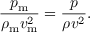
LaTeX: { \frac { p _ { \mathrm { m } } } { \rho _ { \mathrm { m } } v _ { \mathrm { m } } ^ { 2 } } } = { \frac { p } { \rho v ^ { 2 } } } .